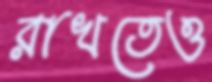
রাখতেও